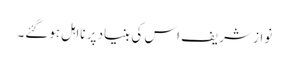
نواز شریف اس کی بنیاد پر نااہل ہوگئے۔